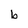
Character: b